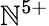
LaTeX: \mathbb{N}^{5+}